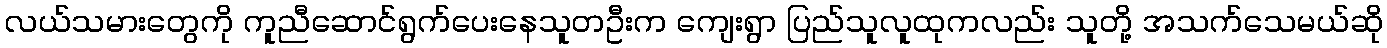
လယ်သမားတွေကို ကူညီဆောင်ရွက်ပေးနေသူတဦးက ကျေးရွာ ပြည်သူလူထုကလည်း သူတို့ အသက်သေမယ်ဆို